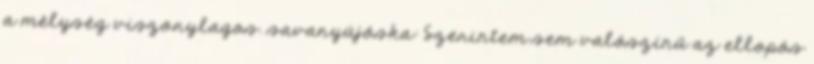
a mélység viszonylagos. savanyújóska: Szerintem sem valószínű az ellopós